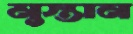
মুস্তান